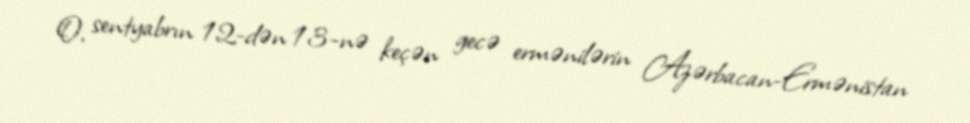
O, sentyabrın 12-dən 13-nə keçən gecə ermənilərin Azərbacan-Ermənistan